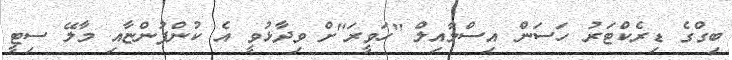
ބިގްގެ ޑިރެކްޓަރު ހަސަން އިސްމާއިލް "ހަވީރަ"ށް ވިދާޅުވީ އެ ކުންފުންޏާއި މާލޭ ސިޓީ